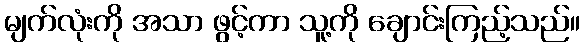
မျက်လုံးကို အသာ ဖွင့်ကာ သူ့ကို ချောင်းကြည့်သည်။